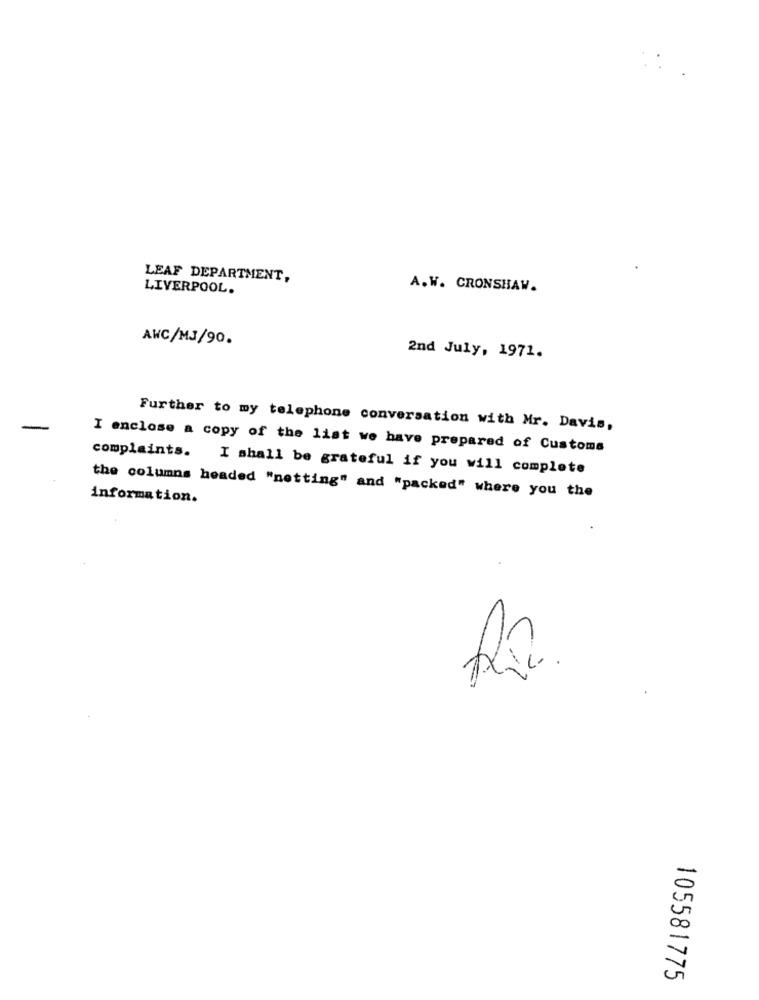
LEAF DEPARTMENT,
LIVERPOOL.
A. W. CRONSHAW.
AWC/MJ/90.
2nd July, 1971.
Further to my telephone conversation with Mr. Davis,
I enclose a copy of the list we have prepared of Customs
complaints. I shall be grateful if you will complete
information.
the columns headed "netting" and "packed" where you the
1
20
-
105581775